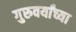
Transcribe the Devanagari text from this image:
गुरुवर्यांच्या